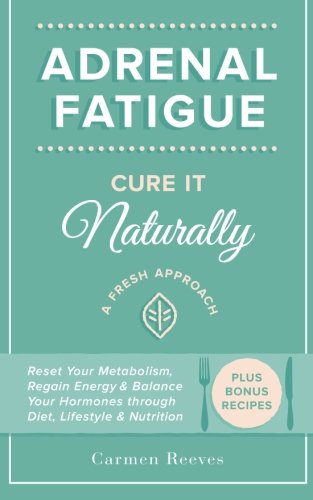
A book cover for Adrenal Fatigue: Cure it Naturally - A Fresh Approach to Reset Your Metabolism, Regain Energy & Balance Hormones through Diet, Lifestyle & Nutrition (Plus Bonus Adrenal Diet Recipes); Carmen Reeves; Health, Fitness & Dieting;